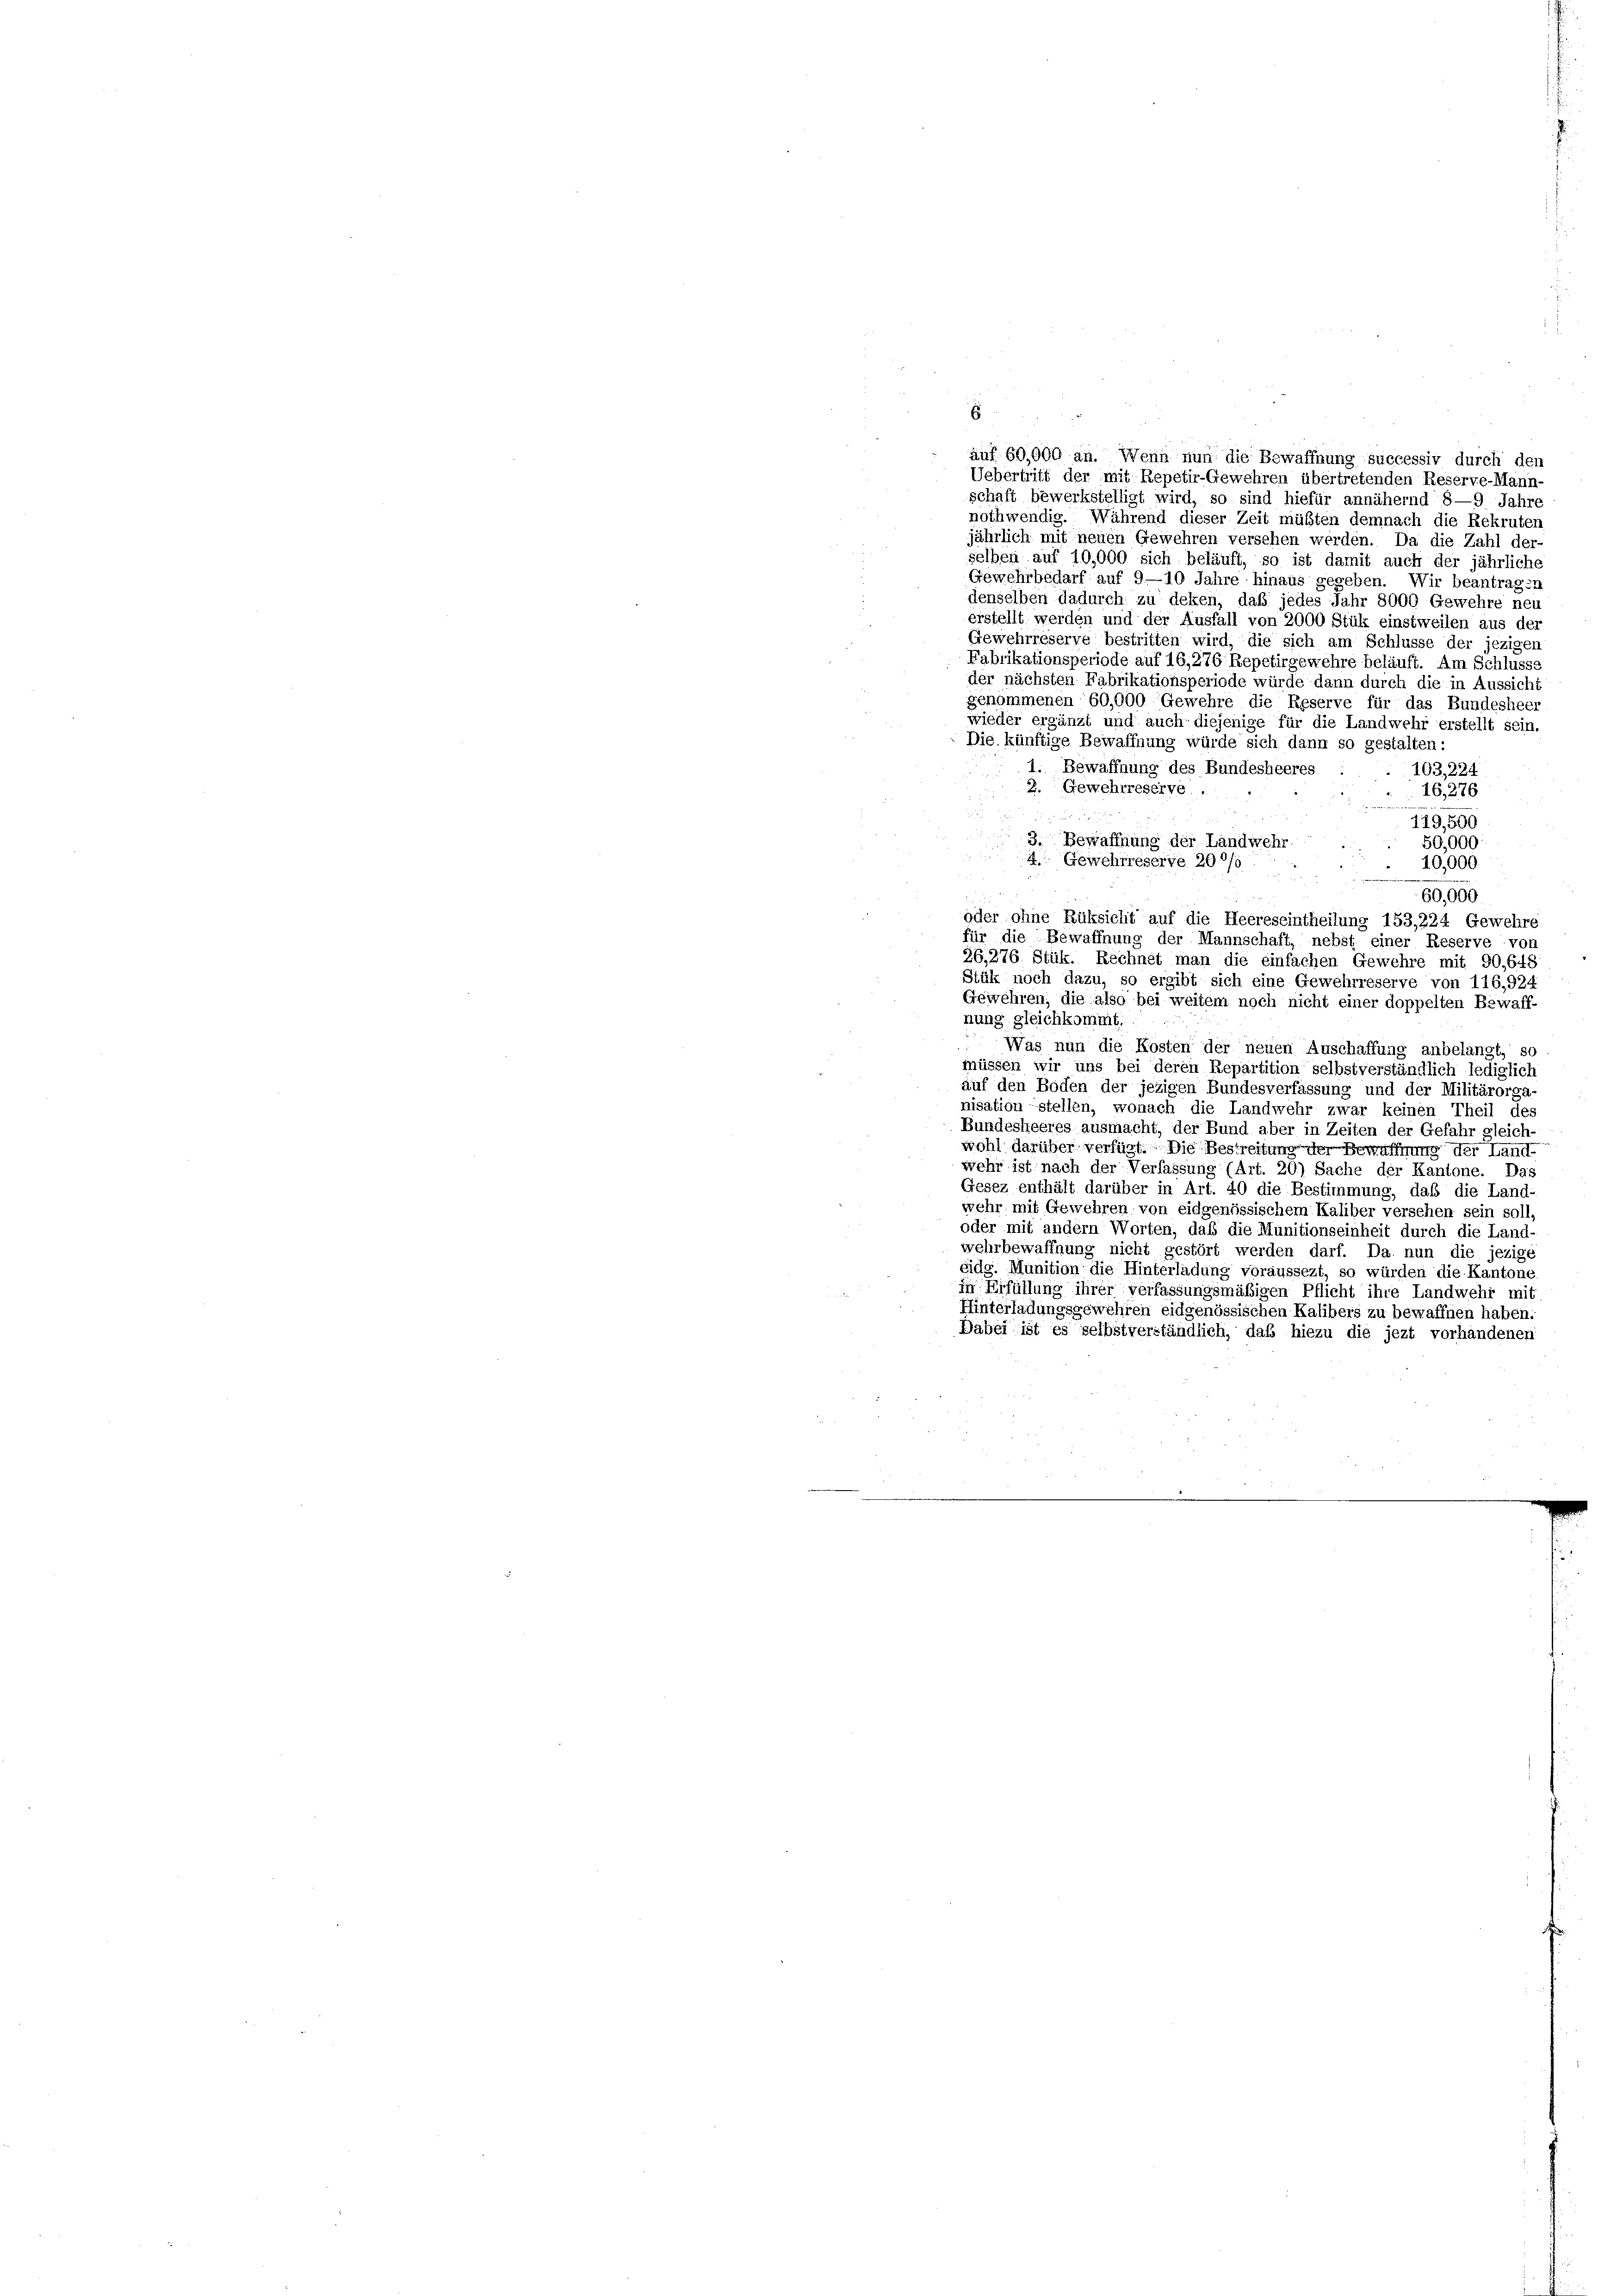
E
auf 60,000 an. Wenn nun die Bewaffnung successiv durch den
Uebertritt der mit Repetir-Gewehren übertretenden Reserve-Mann-
schaft bewerkstelligt wird, so sind hiefür annähernd 8—9 Jahre
nothwendig. Während dieser Zeit müßten demnach die Rekruten
jährlich mit neuen Gewehren versehen werden. Da die Zahl der-
selben auf 10,000 sich beläuft, so ist damit auch der jährliche
Gewehrbedarf auf 9-10 Jahre hinaus gegeben. Wir beantragen
denselben dadurch zu deken, daß jedes Jahr 8000 Gewehre neu
erstellt werden und der Ausfall von 2000 Stük einstweilen aus der
Gewehrreserve bestritten wird, die sich am Schlusse der jezigen
Fabrikationsperiode auf 16, 276 Repetirgewehre beläuft. Am Schluss,
der nächsten Fabrikationsperiode würde dann durch die in Aussich
genommenen 60,000 Gewehre die Reserve für das Bundesheer
wieder ergänzt und auch diejenige für die Landwehr erstellt sein.
Die künftige Bewaffnung würde sich dann so gestalten:
1. Bewaffnung des Bundesheeres
103, 224
2. Gewehrreserve.
16,276
119,500
3. Bewaffnung der Landwehr.
50,000
4. Gewehrreserve 290/0
10,000
60,000
oder ohne Rüksicht auf die Heereseintheilung 153,224 Gewehre
für die Bewaffnung der Mannschaft, nebst einer Reserve vor
26,276 Stük. Rechnet man die einfachen Gewehre mit 90,648
Stük noch dazu, so ergibt sich eine Gewehrreserve von 116,924
Gewehren, die also bei weitem noch nicht einer doppelten Bewaff-
nung gleichkommt.
Was nun die Kosten der neuen Anschaffung anbelangt, so
müssen wir uns bei deren Repartition selbstverständlich lediglich
auf den Boden der jezigen Bundesverfassung und der Militärorga-
nisation stellen, wonach die Landwehr zwar keinen Theil des
Bundesheeres ausmacht, der Bund aber in Zeiten der Gefahr gleich-
wohl darüber verfügt. Die Bestreitung der Bewaffnung der Land-
wehr ist nach der Verfassung (Art. 20) Sache der Kantone. Das
Gesez enthält darüber in Art. 40 die Bestimmung, daß die Land-
wehr mit Gewehren von eidgenössischem Kaliber versehen sein soll,
oder mit andern Worten, daß die Munitionseinheit durch die Land-
wehrbewaffnung nicht gestört werden darf. Da nun die jezige
eidg. Munition die Hinterladung voraussezt, so würden die Kantone
in Erfüllung ihrer verfassungsmäßigen Pflicht ihre Landwehr mit
Hinterladungsgewehren eidgenössischen Kalibers zu bewaffnen haben.
Dabei ist es selbstverständlich, daß hiezu die jezt vorhandenen